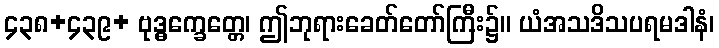
၄၃၈+၄၃၉+ ဗုဒ္ဓက္ခေတ္တေ၊ ဤဘုရားခေတ်တော်ကြီး၌။ ယံအသဒိသပရမဒါနံ၊